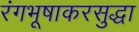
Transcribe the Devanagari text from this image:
रंगभूषाकरसुद्धा